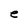
Character: e